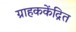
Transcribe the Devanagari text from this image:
ग्राहककेंद्रित